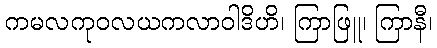
ကမလကုဝလယကလာဝါဒိဟိ၊ ကြာဖြူ၊ ကြာနီ၊